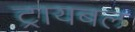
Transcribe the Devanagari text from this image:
ट्रायबल